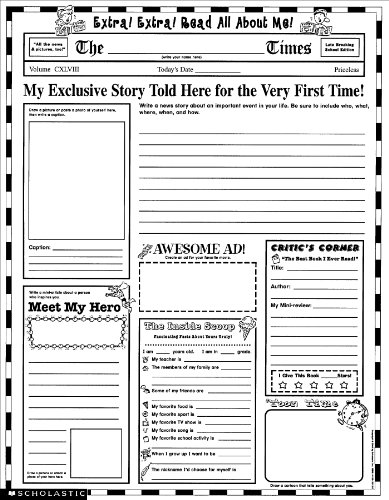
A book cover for Instant Personal Poster Sets: Extra, Extra, Read All About Me!: 30 Big Write-and-Read Learning Posters Ready for Kids to Personalize and Display With Pride!; Scholastic Teaching Resources; Education & Teaching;